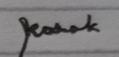
Signature authenticity: genuine